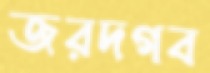
জরদগব